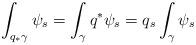
LaTeX: \begin{align*} \int_{q_* \gamma}\psi_s=\int_{\gamma}q^* \psi_s= q_s \int_{\gamma} \psi_s\end{align*}